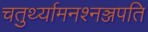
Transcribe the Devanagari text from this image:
चतुर्थ्यामनश्नञ्जपति